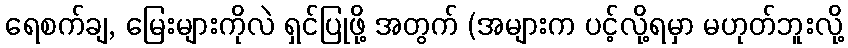
ရေစက်ချ, မြေးများကိုလဲ ရှင်ပြုဖို့ အတွက် (အများက ပင့်လို့ရမှာ မဟုတ်ဘူးလို့